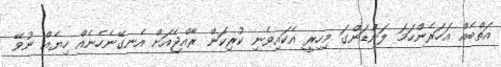
އަތްބެއް އަހަރެންހަމަ ލަންްޑަންގަ މިހިރީ އެކައިވެނި ކުރިކަން ރާއްޖެއަށް އެނގޭނެހެނެއް ހިޔެއް ނުވޭ